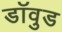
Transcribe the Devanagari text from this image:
डॉवुड